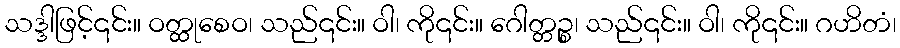
သဒ္ဒါဖြင့်၎င်း။ ဝတ္ထုစေဝ၊ သည်၎င်း။ ဝါ၊ ကို၎င်း။ ဂေါတ္တဉ္စ၊ သည်၎င်း။ ဝါ၊ ကို၎င်း။ ဂဟိတံ၊